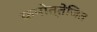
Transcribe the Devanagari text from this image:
कमोत्तेजित